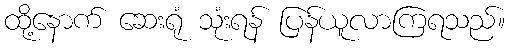
ထို့နောက် ဆေးရုံ သုံးရန် ပြန်ယူလာကြရသည်။